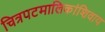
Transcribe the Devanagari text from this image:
चित्रपटमालिकांशिवाय